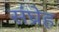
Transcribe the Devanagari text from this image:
संघ्रेह